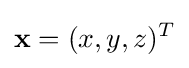
\mathbf {x} =(x,y,z)^{T}